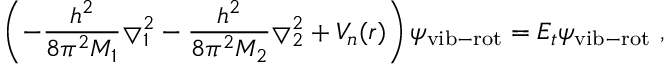
\left( - \frac { h ^ { 2 } } { 8 \pi ^ { 2 } M _ { 1 } } \bigtriangledown _ { 1 } ^ { 2 } - \frac { h ^ { 2 } } { 8 \pi ^ { 2 } M _ { 2 } } \bigtriangledown _ { 2 } ^ { 2 } + V _ { n } ( r ) \right) \psi _ { \mathrm { v i b - r o t } } = E _ { t } \psi _ { \mathrm { v i b - r o t } } ~ ,